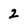
Character: 2